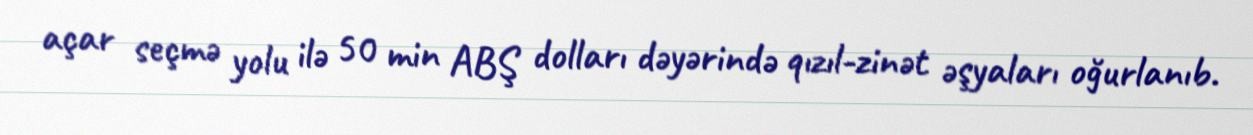
açar seçmə yolu ilə 50 min ABŞ dolları dəyərində qızıl-zinət əşyaları oğurlanıb.